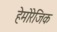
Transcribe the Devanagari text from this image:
हेमोरेजिक